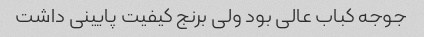
جوجه کباب عالی بود ولی برنج کیفیت پایینی داشت